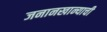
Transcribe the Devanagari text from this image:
जनानखान्याची